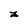
Character: Z